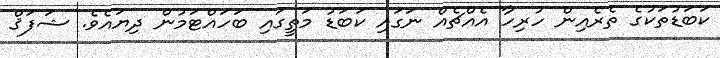
ކަބަޑުތަކުގެ ތެރެއިން ހުރިހާ އެއްޗެއް ނަގައި ކަބަޑު މަތީގައި ބަހައްޓަމުން ދިޔައެވެ. ޝަފަޤް